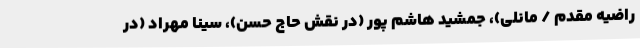
راضیه مقدم / مانلی)، جمشید هاشم پور (در نقش حاج حسن)، سینا مهراد (در